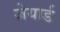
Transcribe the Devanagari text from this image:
जेयार्ड